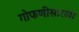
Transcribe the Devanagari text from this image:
गोफणीसारखा